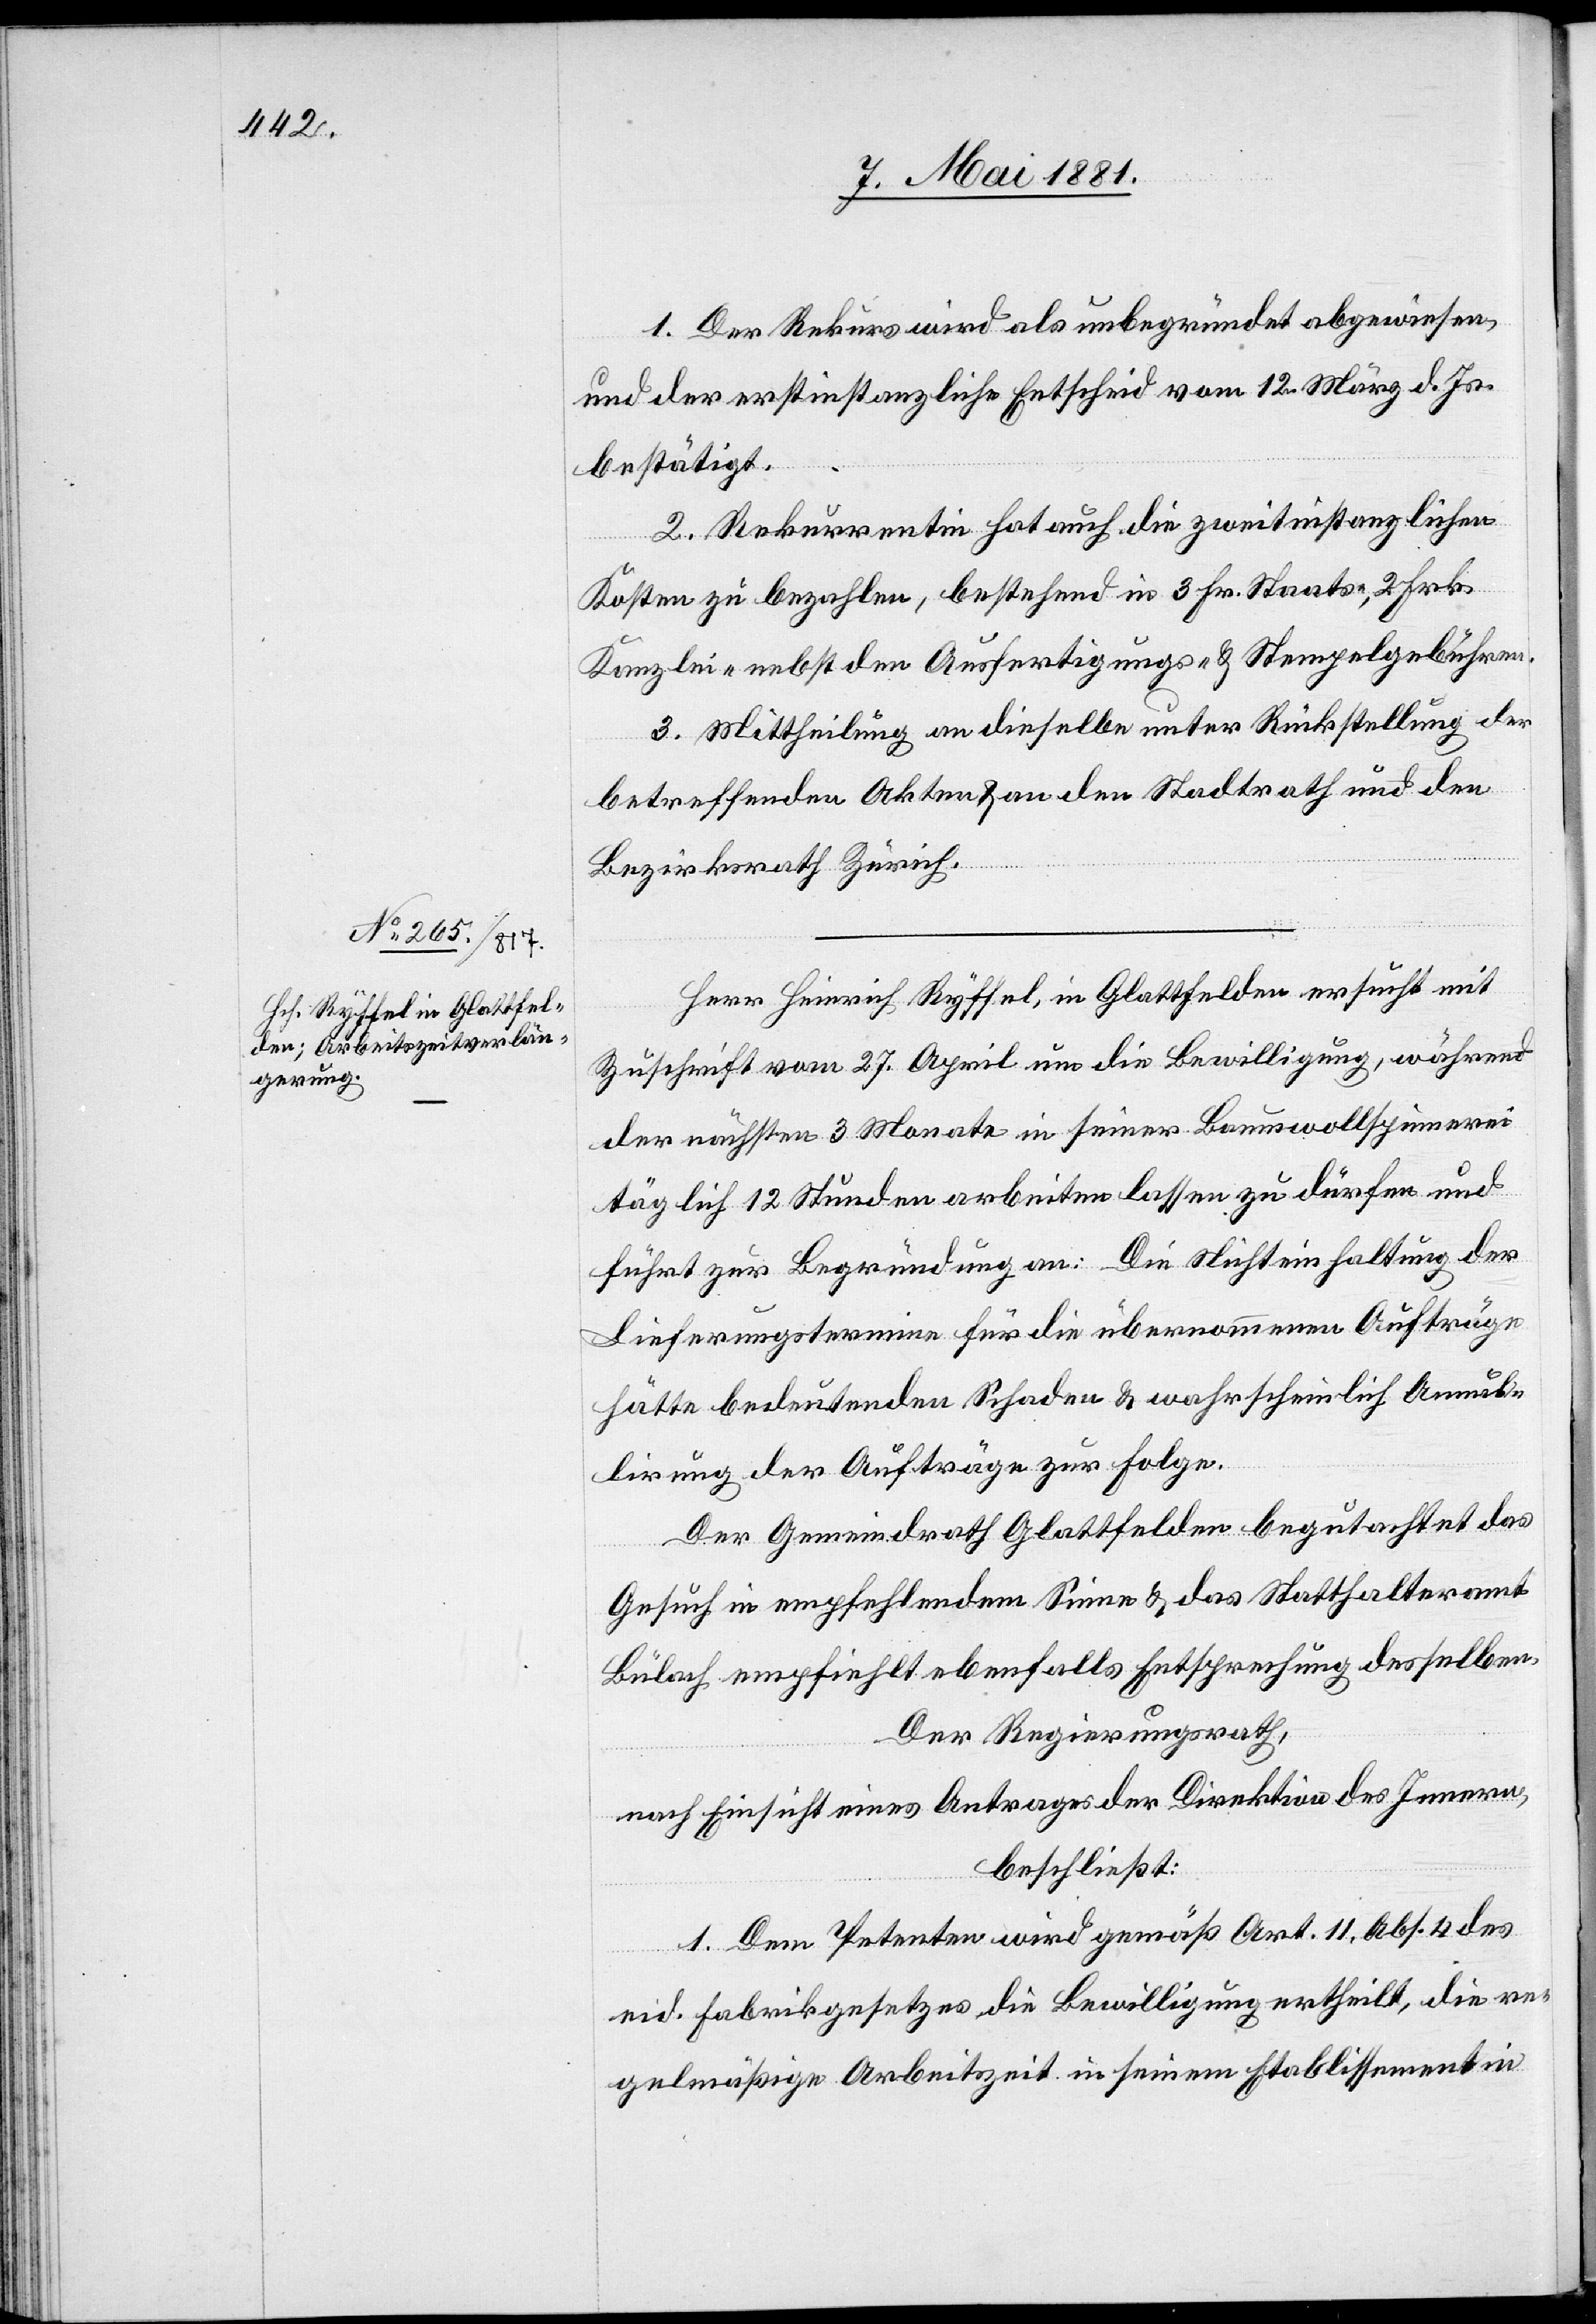
1. Der Rekurs wird als unbegründet abgewiesen,
und der erstinstanzliche Entscheid vom 12. März d. Js.
bestätigt.
2. Rekurrentin hat auch die zweitinstanzlichen
Kosten zu bezahlen, bestehend in 3 Fr. Staats-, 2. Frk.
Kanzlei- nebst den Ausfertigungs- & Stempelgebühren.
3. Mittheilung an dieselbe unter Rückstellung der
betreffenden Akten & an den Stadtrath und den
Bezirksrath Zürich.
Herr Heinrich Ryffel, in Glattfelden ersucht mit
Zuschrift vom 27. April um die Bewilligung, während
der nächsten 3 Monaten in seiner Baumwollspinnerei
täglich 12 Stunden arbeiten lassen zu dürfen und
führt zur Begründung an: Die Nichteinhaltung der
Lieferungstermine für die übernommenen Aufträge
hätte bedeutenden Schaden & wahrscheinlich Annul¬
lirung der Aufträge zur Folge.
Der Gemeindrath Glattfelden begutachtet das
Gesuch in empfehlendem Sinne & das Statthalteramt
Bülach empfiehlt ebenfalls Entsprechung desselben.
Der Regierungsrath,
nach Einsicht eines Antrages der Direktion des Innern,
beschließt:
1. Dem Petenten wird gemäß Art. 11, Abs. 4 des
eid. Fabrikgesetzes die Bewilligung ertheilt, die re¬
gelmäßige Arbeitszeit in seinem Etablissement in